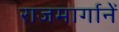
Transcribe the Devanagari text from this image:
राजमार्गानें